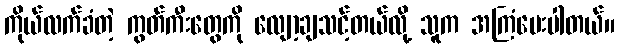
ကိုယ်လက်ခံတဲ့ ကွတ်ကီးတွေကို လျော့ချသင့်တယ်လို့ သူက အကြံပေးပါတယ်။